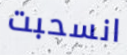
انسحبت